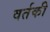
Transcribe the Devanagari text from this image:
वर्तकी